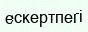
ескертпегі